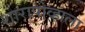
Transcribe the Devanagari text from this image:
शारापोव्हाला